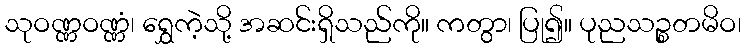
သုဝဏ္ဏဝဏ္ဏံ၊ ရွှေကဲ့သို့ အဆင်းရှိသည်ကို။ ကတွာ၊ ပြု၍။ ပုညသဉ္စတမိဝ၊